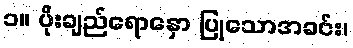
၁။ ပိုးချည်ရောနှော ပြုသောအခင်း၊